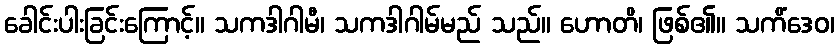
ခေါင်းပါးခြင်းကြောင့်။ သကဒါဂါမီ၊ သကဒါဂါမ်မည် သည်။ ဟောတိ၊ ဖြစ်၏။ သကိံဒေဝ၊